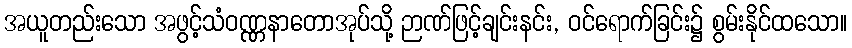
အယူတည်းသော အဖွင့်သံဝဏ္ဏနာတောအုပ်သို့ ဉာဏ်ဖြင့်ချင်းနင်း, ဝင်ရောက်ခြင်း၌ စွမ်းနိုင်ထသော။